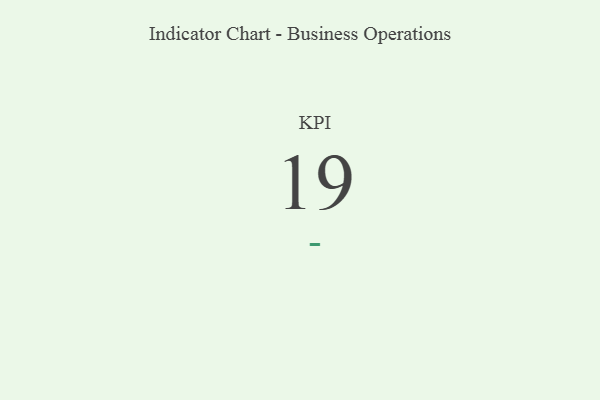
{"axis": {"x": "KPI", "y": "Value"}, "legend": [""], "data": [{"x": "KPI", "y": 19, "type": ""}]}